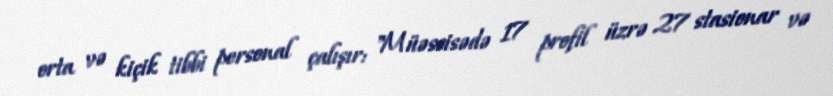
orta və kiçik tibbi personal çalışır: "Müəssisədə 17 profil üzrə 27 stasionar və